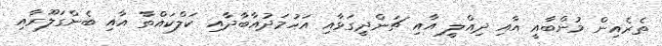
ތެރެއިން މުންބާއީ އާއި ދިއްލީ އާއި ޗަންދީގަޅާއި އަހުމަދުއާބާދާއި ކަލްކައްތާ އާއި ބެންގަލޫރާއި